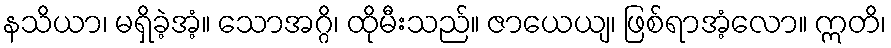
နသိယာ၊ မရှိခဲ့အံ့။ သောအဂ္ဂိ၊ ထိုမီးသည်။ ဇာယေယျ၊ ဖြစ်ရာအံ့လော။ ဣတိ၊